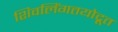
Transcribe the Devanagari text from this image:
शिवलिंगतयोद्रूत